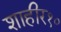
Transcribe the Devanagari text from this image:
शाहीर१०